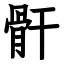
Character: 骭